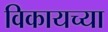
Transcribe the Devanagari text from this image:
विकायच्या